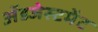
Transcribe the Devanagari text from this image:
ॲडजेस्टमेंट